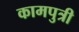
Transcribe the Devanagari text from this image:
कामपुत्री